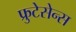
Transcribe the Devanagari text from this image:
फ्रुटेसेन्स